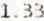
1.33